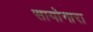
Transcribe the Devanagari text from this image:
सायोनारा